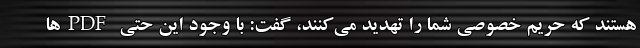
هستند که حریم خصوصی شما را تهدید می‌کنند، گفت: با وجود این حتی PDF‌ها